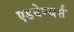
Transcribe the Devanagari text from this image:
एडवेन्चर्स